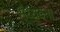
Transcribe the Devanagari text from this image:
सैय्यदना